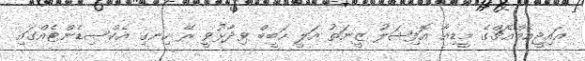
އައިޖީއެމްއެޗްގެ މީޑިއާ އޮފިޝަލު ޒީނަތު އަލީ ހަބީބް ވިދާޅުވީ ރޭ ހިނގި އެކްސިޑެންޓެއްގައި